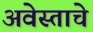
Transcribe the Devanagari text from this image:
अवेस्ताचे